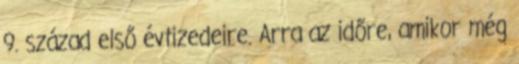
9. század első évtizedeire. Arra az időre, amikor még